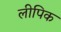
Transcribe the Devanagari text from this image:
लीपिक